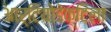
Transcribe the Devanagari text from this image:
आर्टियोडेक्टिला